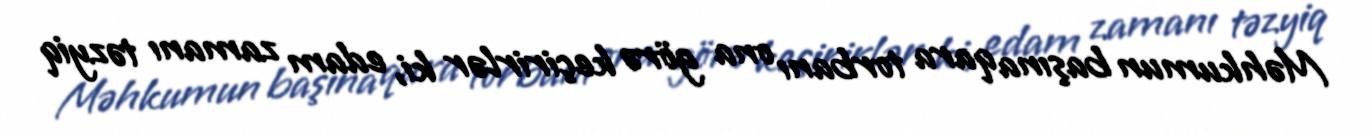
Məhkumun başına qara torbanı ona görə keçirirlər ki, edam zamanı təzyiq